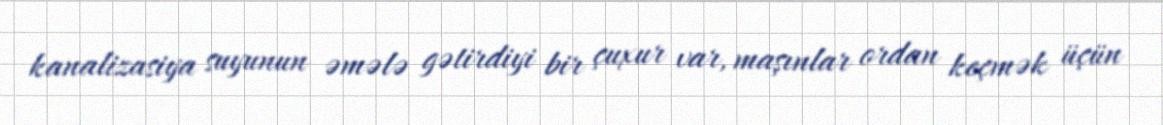
kanalizasiya suyunun əmələ gətirdiyi bir çuxur var, maşınlar ordan keçmək üçün